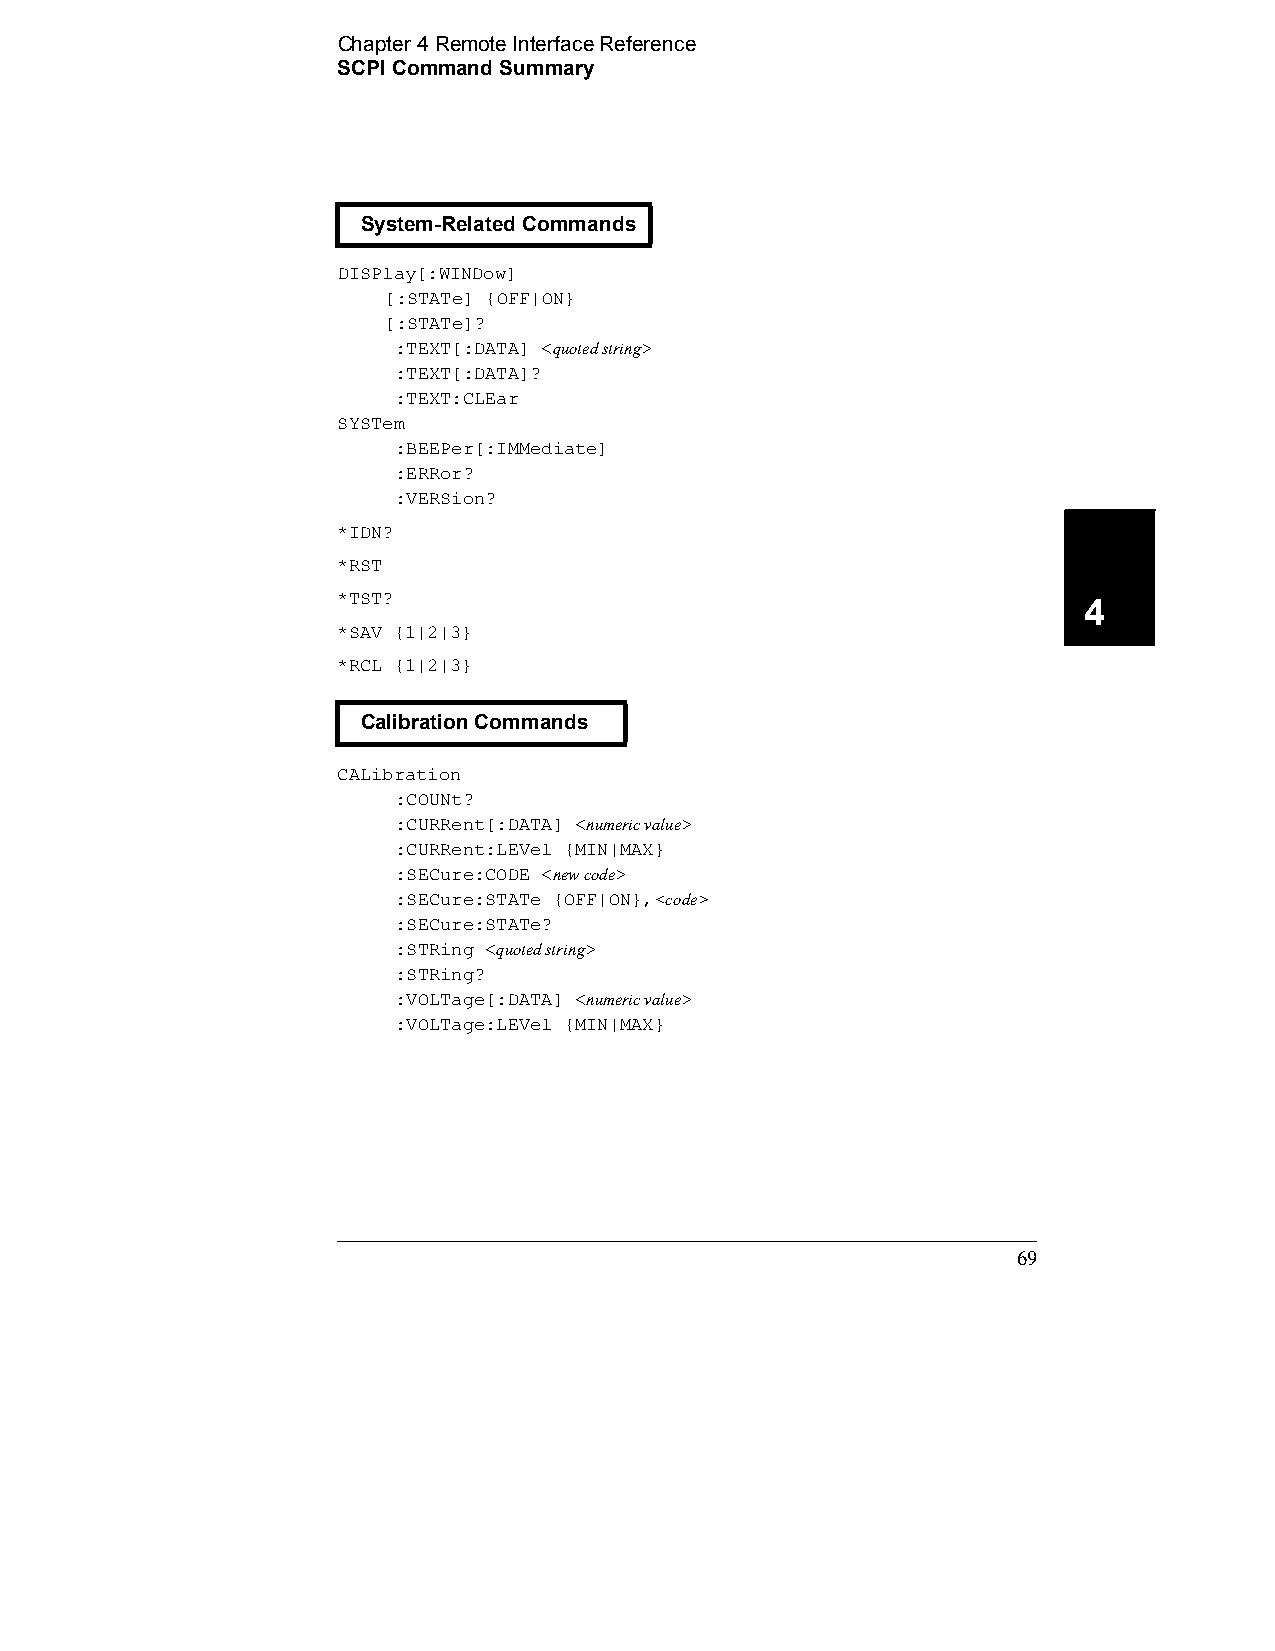
Chapter 4 Remote Interface Reference
 SCPI Command Summary
 System-Related Commands
 DISPlay[:WINDow]
 [:STATe] {OFF|ON}
 [:STATe]?
 :TEXT[:DATA] <quoted string>
 :TEXT[:DATA]?
 :TEXT:CLEar
 SYSTem
 :BEEPer[:IMMediate]
 :ERRor?
 :VERSion?
 *IDN?
 *RST
 *TST?                                             4
 *SAV {1|2|3}
 *RCL {1|2|3}
 Calibration Commands
 CALibration
 :COUNt?
 :CURRent[:DATA] <numeric value>
 :CURRent:LEVel {MIN|MAX}
 :SECure:CODE <new code>
 :SECure:STATe {OFF|ON},<code>
 :SECure:STATe?
 :STRing <quoted string>
 :STRing?
 :VOLTage[:DATA] <numeric value>
 :VOLTage:LEVel {MIN|MAX}
 69